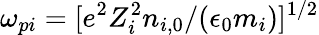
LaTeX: \omega_{pi}=[e^{2}Z_{i}^{2}n_{i,0}/(\epsilon_{0}m_{i})]^{1/2}